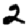
Digit: 2